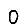
Digit: 0